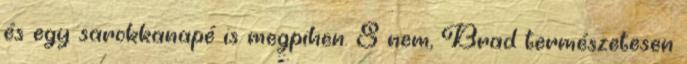
és egy sarokkanapé is megpihen. S nem, Brad természetesen